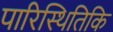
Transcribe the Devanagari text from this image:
पारिस्थितिकि